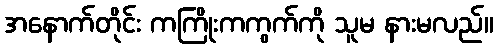
အနောက်တိုင်း ကကြိုးကကွက်ကို သူမ နားမလည်။